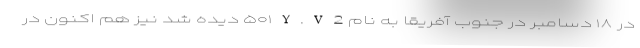
در ۱۸ دسامبر در جنوب آفریقا به نام ۵۰۱Y.V2 دیده شد نیز هم اکنون در